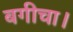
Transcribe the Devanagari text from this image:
बगीचा।